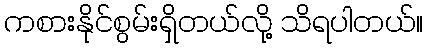
ကစားနိုင်စွမ်းရှိတယ်လို့ သိရပါတယ်။